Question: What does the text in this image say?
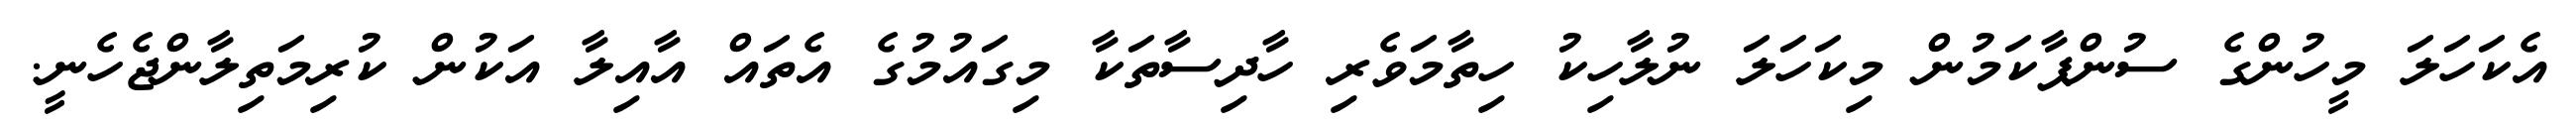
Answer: އެކަހަލަ މީހުންގެ ސުންޕާކަމުން މިކަހަލަ ނުލާހިކު ހިތާމަވެރި ހާދިސާތަކާ މިގައުމުގެ އެތައް އާއިލާ އަކުން ކުރިމަތިލާންޖެހެނީ.